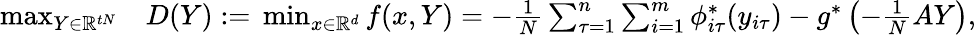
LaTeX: \begin{array}{rl}{\operatorname*{max}_{Y\in\mathbb{R}^{tN}}}&{D(Y)\; {:=}\; \operatorname*{min}_{x\in\mathbb{R}^{d}}f(x,Y)=-\frac{1}{N}\sum_{\tau=1}^{n}\sum_{i=1}^{m}\phi_{i\tau}^{*}(y_{i\tau})-g^{*}\left(-\frac{1}{N}AY\right),}\end{array}